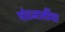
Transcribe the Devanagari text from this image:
पोटजातींचा